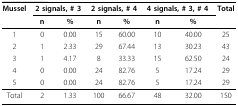
| Mussel | <COLSPAN=2> 2 signals, # 3 | <COLSPAN=2> 2 signals, # 4 | <COLSPAN=2> 4 signals, # 3, # 4 | Total |
 |  | n | % | n | % | n | % |  |
 | --- | --- | --- | --- | --- | --- | --- | --- |
 | 1 | 0 | 0.00 | 15 | 60.00 | 10 | 40.00 | 25 |
 | 2 | 1 | 2.33 | 29 | 67.44 | 13 | 30.23 | 43 |
 | 3 | 1 | 4.17 | 8 | 33.33 | 15 | 62.50 | 24 |
 | 4 | 0 | 0.00 | 24 | 82.76 | 5 | 17.24 | 29 |
 | 5 | 0 | 0.00 | 24 | 82.76 | 5 | 17.24 | 29 |
 | Total | 2 | 1.33 | 100 | 66.67 | 48 | 32.00 | 150 |